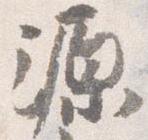
源